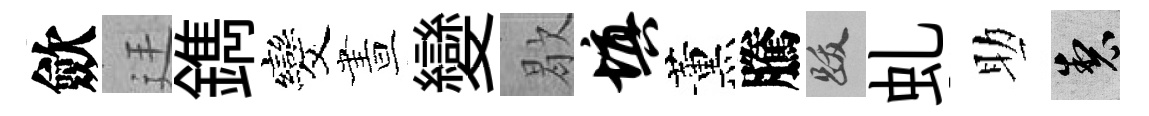
歛廷鐫发晝變歇填薰騰跋虬助製